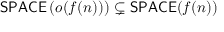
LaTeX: { \mathsf { S P A C E } } \left( o ( f ( n ) ) \right) \subsetneq { \mathsf { S P A C E } } ( f ( n ) )